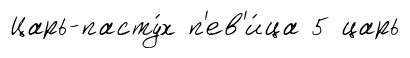
Царь-пасту́х п'ев'и́ца 5 царь